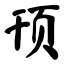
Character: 顸